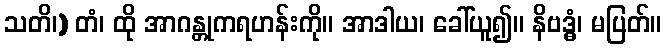
သတိ၊) တံ၊ ထို အာဂန္တုကရဟန်းကို။ အာဒါယ၊ ခေါ်ယူ၍။ နိဗဒ္ဓံ၊ မပြတ်။